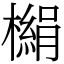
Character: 㯞